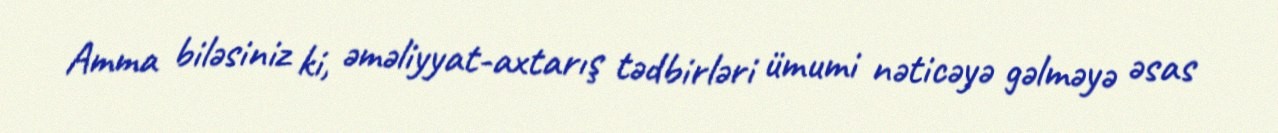
Amma biləsiniz ki, əməliyyat-axtarış tədbirləri ümumi nəticəyə gəlməyə əsas